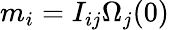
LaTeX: m_{i}=I_{ij}\Omega_{j}(0)